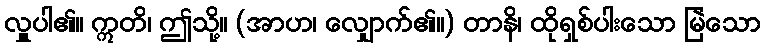
လှူပါ၏။ ဣတိ၊ ဤသို့။ (အာဟ၊ လျှောက်၏။) တာနိ၊ ထိုရှစ်ပါးသော မြဲသော